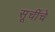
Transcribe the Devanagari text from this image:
सूचींचे